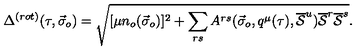
\Delta ^ { ( r o t ) } ( \tau , { \vec { \sigma } } _ { o } ) = \sqrt { [ \mu n _ { o } ( { \vec { \sigma } } _ { o } ) ] ^ { 2 } + \sum _ { r s } A ^ { r s } ( { \vec { \sigma } } _ { o } , q ^ { \mu } ( \tau ) , \overline { { \cal S } } ^ { u } ) \overline { { \cal S } } ^ { r } \overline { { \cal S } } ^ { s } } .